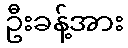
ဦးခန့်အား